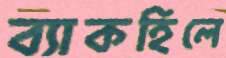
ব্যাকহিলে